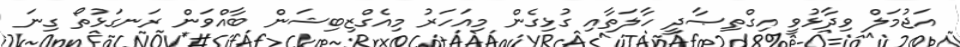
އަޖުމަލް ވިދާޅުވީ އިގްތިޞާދީ ހާލަތާއި ގުޅިގެން މިއަހަރު މިއެގްޒިބިޝަން ބާއްވަން ރަނގަޅުތޯ ގިނަ